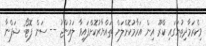
ވިކްރަމާދިތުޔަގައި ކްރޫ އިން އަރާމުކޮށްލަން ތައްޔާރުކޮށްފައިވާ ލައުންޖު -- ސަން ފޮޓޯ: ޝަފްނާ